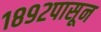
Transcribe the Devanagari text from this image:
१८९२पासून